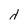
Character: d